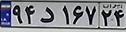
۹۴د۱۶۷۲۴